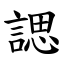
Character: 諰